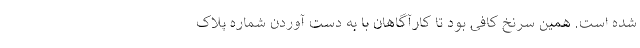
شده است. همین سرنخ کافی بود تا کارآگاهان با به دست آوردن شماره پلاک